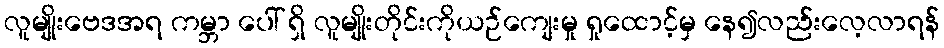
လူမျိုးဗေဒအရ ကမ္ဘာ ပေါ် ရှိ လူမျိုးတိုင်းကိုယဉ်ကျေးမှု ရှုထောင့်မှ နေ၍လည်းလေ့လာရန်